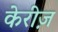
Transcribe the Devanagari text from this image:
केरीज़